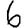
Digit: 6